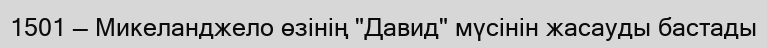
1501 — Микеланджело өзінің "Давид" мүсінін жасауды бастады